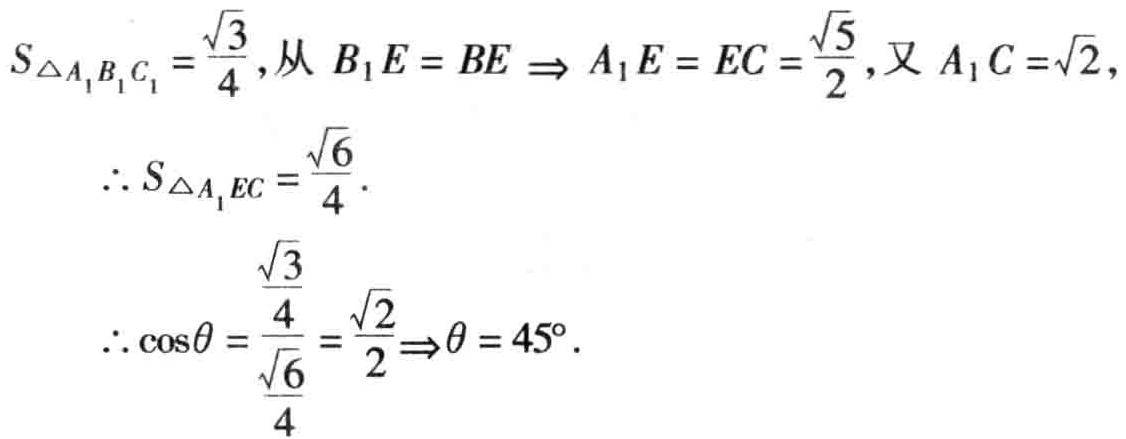
\[

S_{\triangle A_{1}B_{1}C_{1}} = \frac{\sqrt{3}}{4}, \text{从 } B_{1}E = BE \Rightarrow A_{1}E = EC = \frac{\sqrt{5}}{2}, \text{又 } A_{1}C = \sqrt{2},

\]

\[

\therefore S_{\triangle A_{1}EC} = \frac{\sqrt{6}}{4}.

\]

\[

\therefore \cos\theta = \frac{\frac{\sqrt{3}}{4}}{\frac{\sqrt{6}}{4}} = \frac{\sqrt{2}}{2} \Rightarrow \theta = 45^{\circ}.

\]